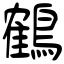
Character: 鶴